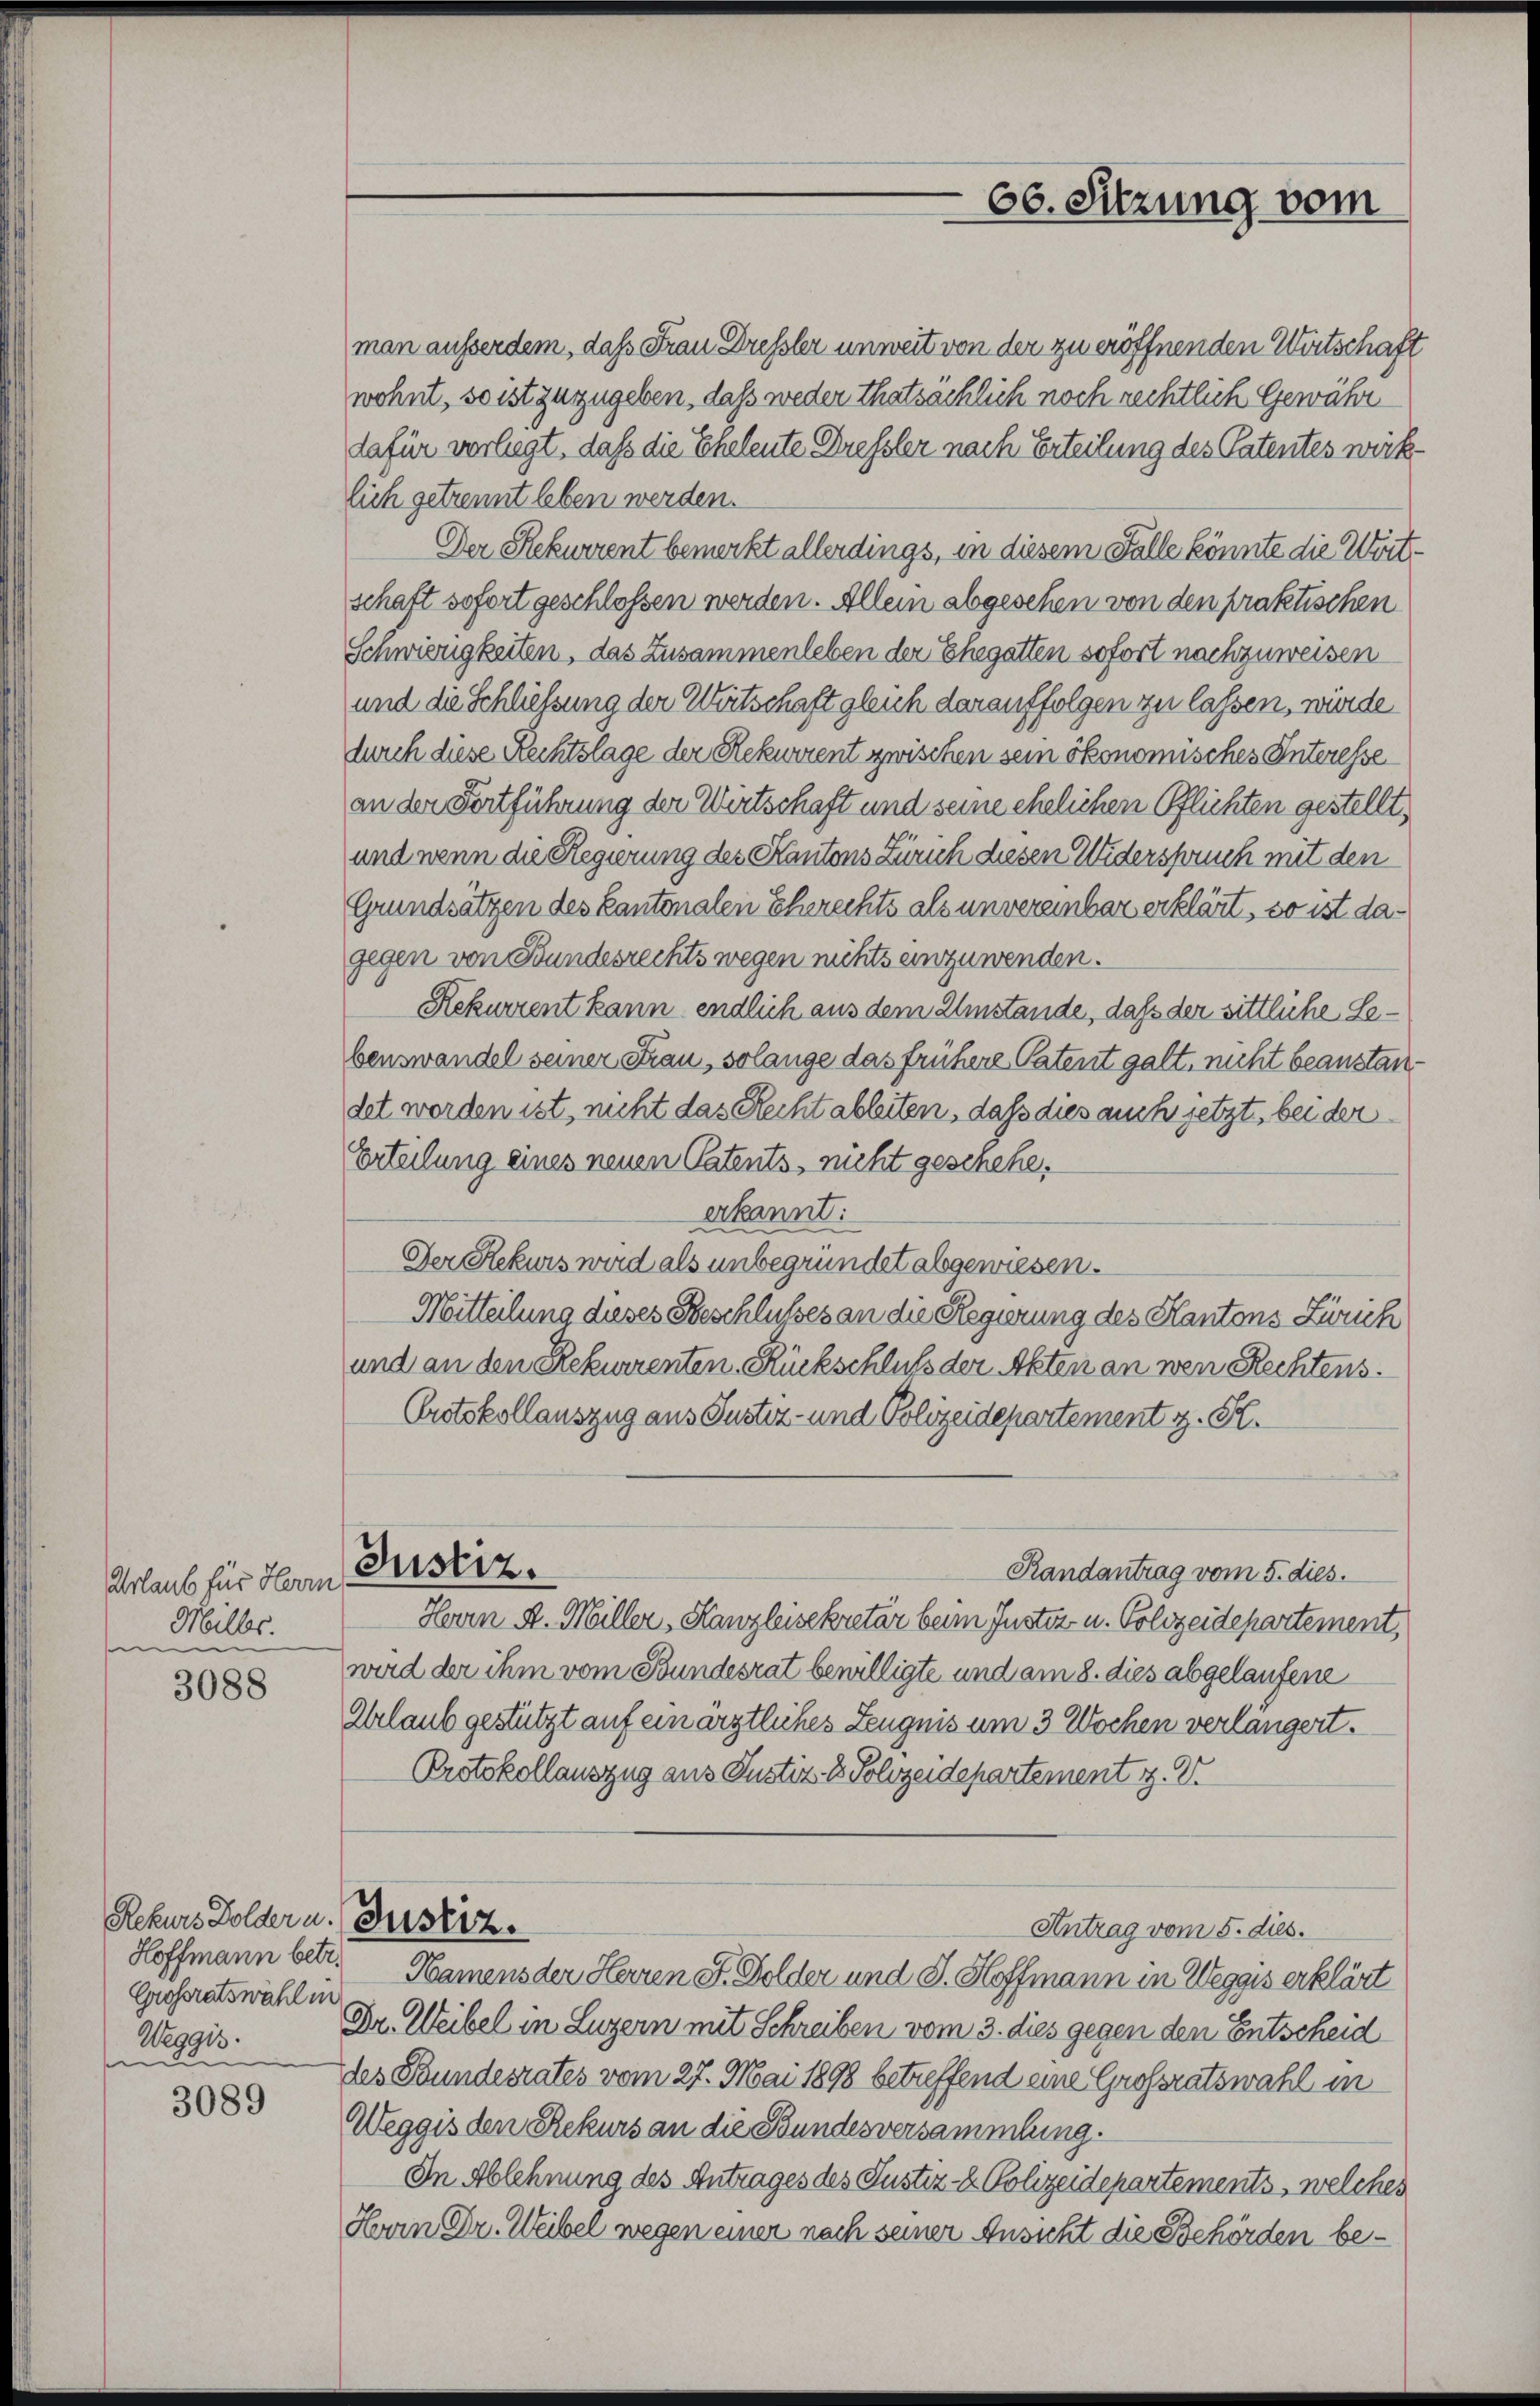
Urlaub für Herrn
Miller.
e

3088

3089

Rekurs Dolder u.
Hoffmann betr.
Grossratswahl in
Weggis.
e

man ausserdem, dass Frau Dressler unweit von der zu eröffnenden Wirtschaft
wohnt, so ist zuzugeben, daß weder thatsächlich noch rechtlich Gewähr
dafür vorliegt, daß die Eheleute Drefsler nach Erteilung des Patentes wirklich getrennt leben werden.
Der Rekurrent bemerkt allerdings, in diesem Falle könnte die Wortschaft sofort geschlossen werden. Allein abgesehen von den praktischen
Schwierigkeiten, das Zusammenleben der Ehegatten sofort nachzuweisen
und die Schliessung der Wirtschaft gleich darauffolgen zu lassen, würde
durch diese Rechtslage der Rekurrent zwischen sein ökonomisches Interesse
an der Fortführung der Wirtschaft und seine ehelichen Pflichten gestellt,
und wenn die Regierung des Kantons Zürich diesen Widerspruch mit den
Grundsätzen des Kantonalen Eherechts als unvereinbar erklärt, so ist dagegen von Bundesrechts wegen nichts einzuwenden.
Rekurrent kann endlich aus dem Umstände, daß der sittliche Lebenswandel seiner Frau, solange das frühere Patent galt, nicht beanstandet worden ist, nicht das Recht ableiten, daß dies auch jetzt, bei der
Erteilung eines neuen Patents, nicht geschehe.
erkannt:
Der Rekurs wird als unbegründet abgewiesen.
Mitteilung dieses Beschlußes an die Regierung des Kantons Zürich
und an den Rekurrenten Rückschluß der Akten an wen Rechtens.
Protokollauszug aus Justiz- und Polizeidepartement z. S.
Justiz.
Randantrag vom 5. dies.
Herrn A. Miller, Kanzleisekretär beim Justiz u. Polizeidepartement,
wird der ihm vom Bundesrat bewilligte und am 8. dies abgelaufene
Urlaub gestützt auf ein ärztliches Zeugnis um 3 Wochen verlängert.
Protokollauszug aus Justiz- & Polizeidepartement . V.
Justiz.
Antrag vom 5. dies.
Namens der Herren F. Golder und S. Hoffmann in Weggis erklärt
Dr. Weibel in Luzern mit Schreiben vom 3. dies gegen den Entscheid
des Bundesrates vom 27. Mai 1898 betreffend eine Grossratswahl in
Weggis den Rekurs an die Bundesversammlung.
In Ablehnung des Antrages des Justiz- & Polizeidepartements, welches
Hoin Dr. Weibel wegen einer nach seiner Ansicht die Behörden be¬

66. Sitzung vom